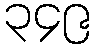
၃၄၉